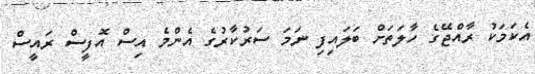
އެކަމަކު ރާއްޖޭގެ ހާލަތަށް ބަލައިފި ނަމަ ސަރުކާރުގެ އެންމެ އިސް އޮފީސް ރައީސް